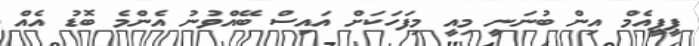
ޕީޕީއެމް އިން ބުނަނީ މިއީ މިފަހަކަށް އައިސް ބޭއްވުނު އެންމެ ބޮޑު އެއް